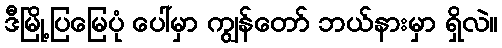
ဒီမြို့ပြမြေပုံ ပေါ်မှာ ကျွန်တော် ဘယ်နားမှာ ရှိလဲ။